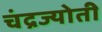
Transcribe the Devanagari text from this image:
चंद्रज्योती